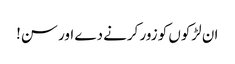
ان لڑکوں کو زور کرنے دے اور سن!